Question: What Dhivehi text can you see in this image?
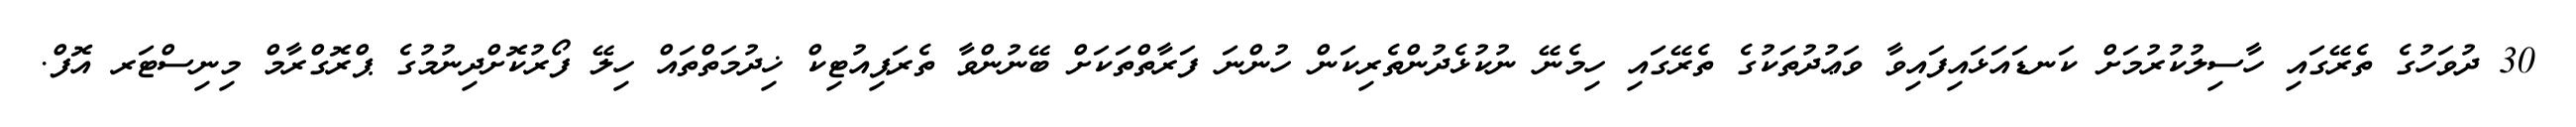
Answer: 30 ދުވަހުގެ ތެރޭގައި ހާސިލުކުރުމަށް ކަނޑައަޅައިފައިވާ ވަޢުދުތަކުގެ ތެރޭގައި ހިމެނޭ ނުކުޅެދުންތެރިކަން ހުންނަ ފަރާތްތަކަށް ބޭނުންވާ ތެރަޕިއުޓިކް ޚިދުމަތްތައް ހިލޭ ފޯރުކޮށްދިނުމުގެ ޕްރޮގްރާމް މިނިސްޓަރ އޮފް.